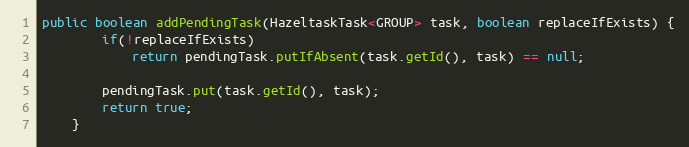
Language: Java
public boolean addPendingTask(HazeltaskTask<GROUP> task, boolean replaceIfExists) {
        if(!replaceIfExists)
            return pendingTask.putIfAbsent(task.getId(), task) == null;

        pendingTask.put(task.getId(), task);
        return true;
    }